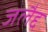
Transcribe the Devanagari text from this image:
जलैद्द